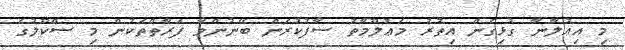
މި އިޢުލާނާ ގުޅިގެން އިތުރު މަޢުލޫމާތު ސާފުކުރަން ބޭނުންވާ ފަރާތްތަކުން މި ސްކޫލުގެ